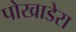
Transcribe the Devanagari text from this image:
पोखाडेरा